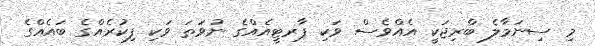
މި ސިނަމާލެ ބްރިޖަކީ އެއްވެސް ވަކި ޕާރޓީއެއްގެ ނުވަތަ ވަކި ފިކުރެއްގެ ބައެއްގެ